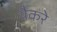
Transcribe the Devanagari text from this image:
थैैकरे